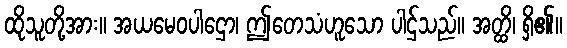
ထိုသူတို့အား။ အယမေဝပါဌော၊ ဤတေသံဟူသော ပါဌ်သည်။ အတ္ထိ၊ ရှိ၏။